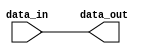
module continuous_assignment(
    input wire data_in,
    output reg data_out
);

// Continuous assignment statement
assign data_out = data_in;

endmodule